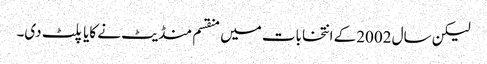
لیکن سال 2002کے انتخابات میں منقسم منڈیٹ نے کایا پلٹ دی۔